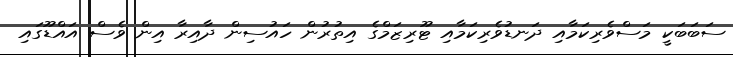
ސަބަބަކީ މަސްވެރިކަމާއި ދަނޑުވެރިކަމާއި ޓޫރިޒަމްގެ އިތުރުން ހައުސިން ދާއިރާ އިން ވެސް އައްޑޫގައި